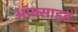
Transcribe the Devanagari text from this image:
अॉक्साइड